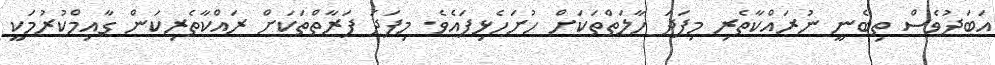
އަބަދުވެސް ތިބެނީ ނުރައްކާތެރި މިފަދަ ހާލަތްތަކަށް ހުށަހެޅިފައެވެ. މިފަދަ ފަރާތްތަކަށް ރައްކާތެރިކަން ގާއިމްކުރުމަކީ